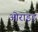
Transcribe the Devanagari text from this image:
ओराइड